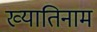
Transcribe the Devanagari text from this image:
ख्यातिनाम